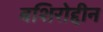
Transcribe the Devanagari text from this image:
बशिरोद्दीन